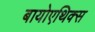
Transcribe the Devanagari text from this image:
बायोएथिक्स